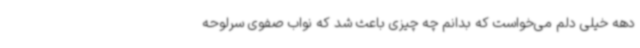
دهه خیلی دلم می‌خواست که بدانم چه چیزی باعث شد که نواب صفوی سرلوحه